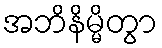
အဘိနိမ္မိတွာ